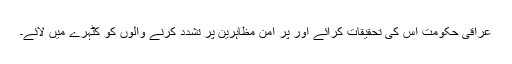
عراقی حکومت اس کی تحقیقات کرائے اور پر امن مظاہرین پر تشدد کرنے والوں کو کٹہرے میں لائے۔